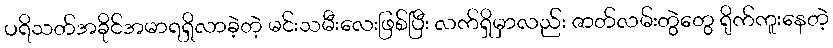
ပရိသတ်အခိုင်အမာရရှိလာခဲ့တဲ့ မင်းသမီးလေးဖြစ်ပြီး လက်ရှိမှာလည်း ဇာတ်လမ်းတွဲတွေ ရိုက်ကူးနေတဲ့